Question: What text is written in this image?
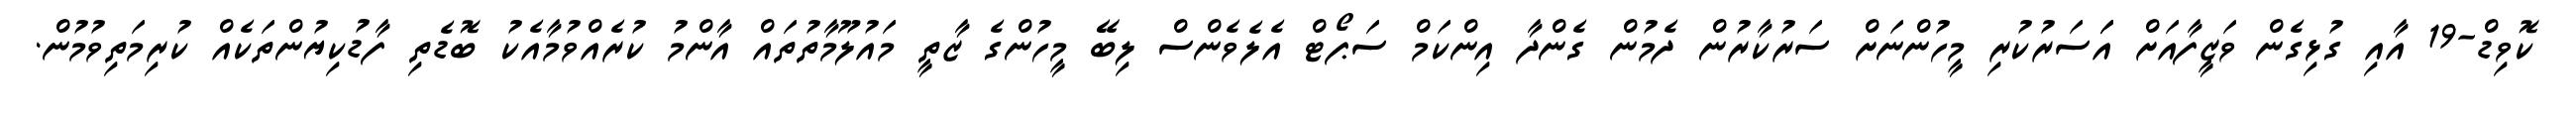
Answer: ކޮވިޑް-19 އާއި ގުޅިގެން ވަޒީފާއަށް އަަސަރުކުރި މީހުންނަށް ސަރުކާރުން ދެމުން ގެންދާ އިންކަމް ސަޕޯޓް އެލެވެންސް ލިބޭ މީހުންގެ ޒާތީ މައުލޫމާތުތައް އާންމު ކުރެއްވުމާއެކު ބޮޑެތި ފާޑުކިޔުންތަކެއް ކުރިމަތިވުމުން.